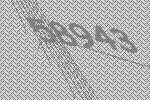
58943